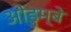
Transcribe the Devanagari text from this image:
ओडुम्बे